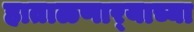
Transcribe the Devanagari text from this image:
हाताळणार्‍याच्या